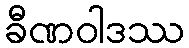
ခီဏဝါဒဿ